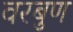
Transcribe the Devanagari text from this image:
वरबुण